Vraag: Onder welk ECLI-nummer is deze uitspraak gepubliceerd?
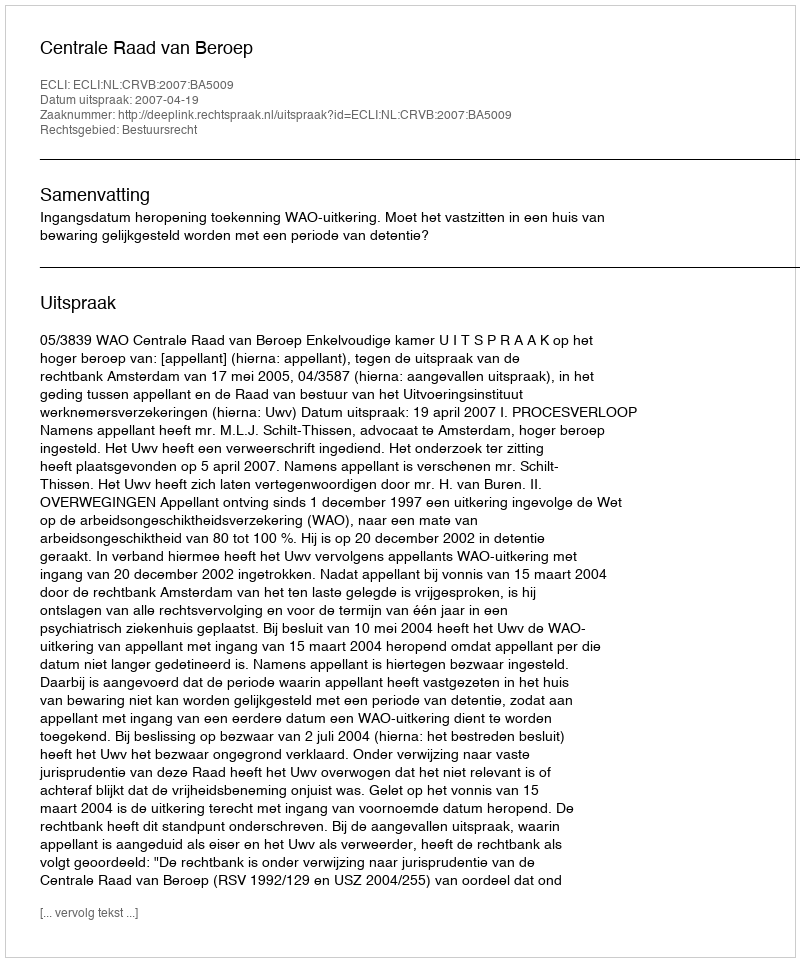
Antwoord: ECLI:NL:CRVB:2007:BA5009